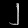
Digit: ၂